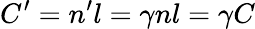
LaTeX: C^{\prime}=n^{\prime}l=\gamma nl=\gamma C